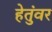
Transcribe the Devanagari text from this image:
हेतुंवर